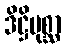
ဒိဋ္ဌိမုစ္ဆာ